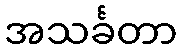
အသင်္ခတာ